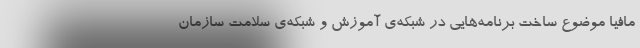
مافیا موضوع ساخت برنامه‌هایی در شبکه‌ی آموزش و شبکه‌ی سلامت سازمان